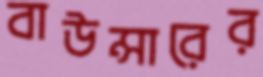
বাউন্সারের